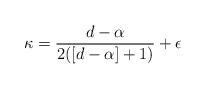
LaTeX: \begin{align*} \kappa = \frac{d-\alpha}{2([d-\alpha]+1)} +\epsilon \end{align*}